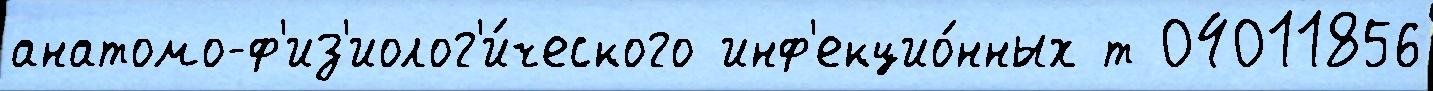
анатомо-ф'из'иолог'и́ческого инф'екцио́нных т 04011856